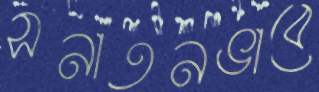
সনাতনভাবে